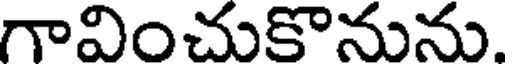
గావించుకొనును.